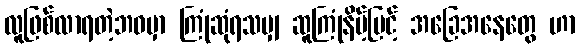
လူဖြစ်လာရတဲ့ဘဝမှာ ကြုံဆုံရသမျှ ဆူကြုံနိမ့်မြင့် အခြေအနေတွေ ဟာ